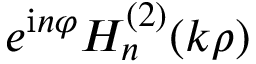
e ^ { \mathrm { i } n \varphi } H _ { n } ^ { ( 2 ) } ( k \rho )